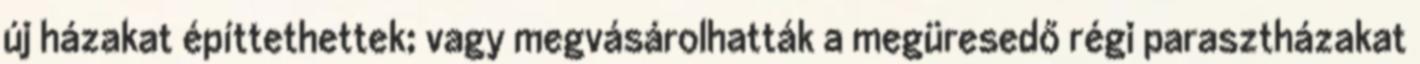
új házakat építtethettek; vagy megvásárolhatták a megüresedő régi parasztházakat